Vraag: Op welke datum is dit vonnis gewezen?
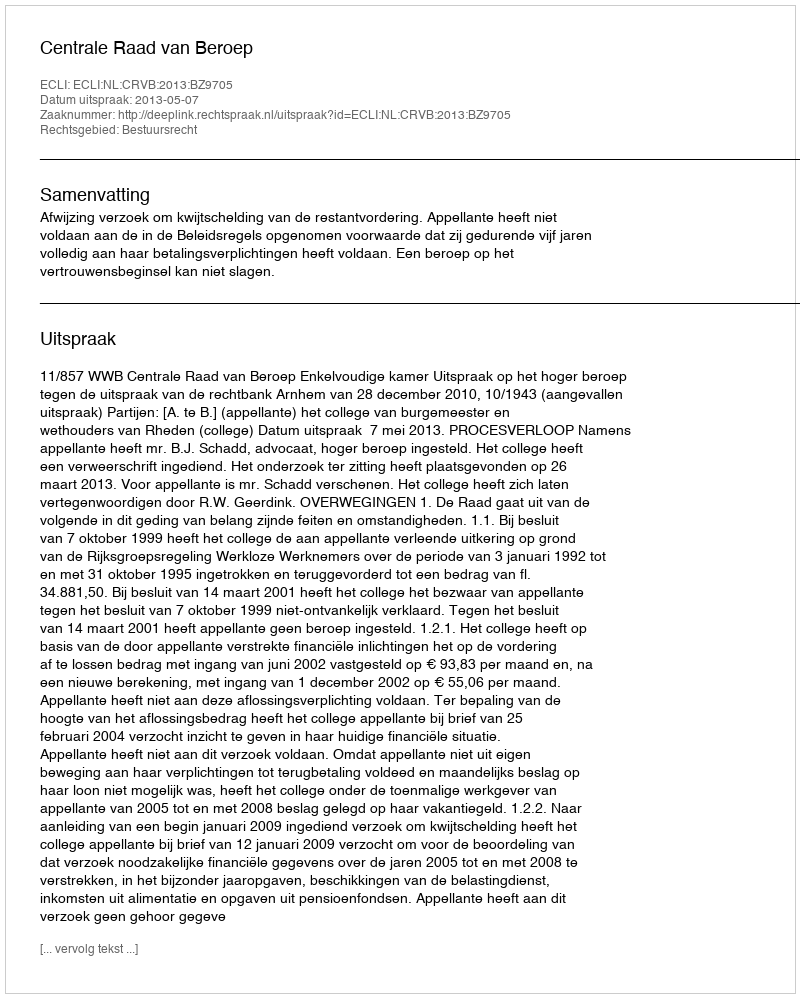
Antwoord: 2013-05-07